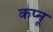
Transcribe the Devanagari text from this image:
कप्नू